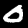
Label: 0